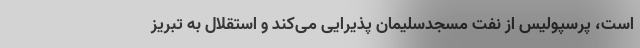
است، پرسپولیس از نفت مسجدسلیمان پذیرایی می‌کند و استقلال به تبریز